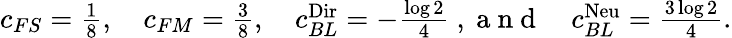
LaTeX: \begin{array}{r}{c_{FS}=\frac{1}{8},\quad c_{FM}=\frac{3}{8},\quad c_{BL}^{\textnormal{Dir}}=-\frac{\log 2}{4}\mathrm{~,~a~n~d~}\quad c_{BL}^{\textnormal{Neu}}=\frac{3\log 2}{4}.}\end{array}